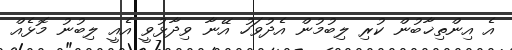
އެ އިންތިޚާބުން ކުރި ލިބުމުން އެދުވަހު އޭނާ ވިދާޅުވީ އެއީ ލިބުނު މޮޅެއް